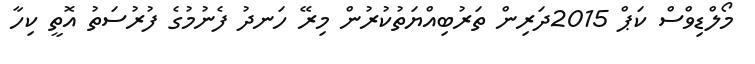
މޯލްޑިވްސް ކަޕް 2015ދަރިން ތަރުބިއްޔަތުކުރުން މިރޭ ހަނދު ފެނުމުގެ ފުރުސަތު އޮތީ ކިހާ